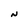
Character: N